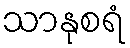
သာနုစရံ